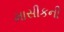
માસીકની